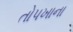
તોપખાના